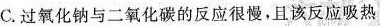
C.过氧化钠与二氧化碳的反应很慢，且该反应吸热